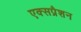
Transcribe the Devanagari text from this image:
एक्सप्रैशन